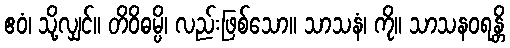
ဧဝံ၊ သို့လျှင်။ တိဝိဓမ္ပိ၊ လည်းဖြစ်သော။ သာသနံ၊ ကို။ သာသနဝရန္တိ